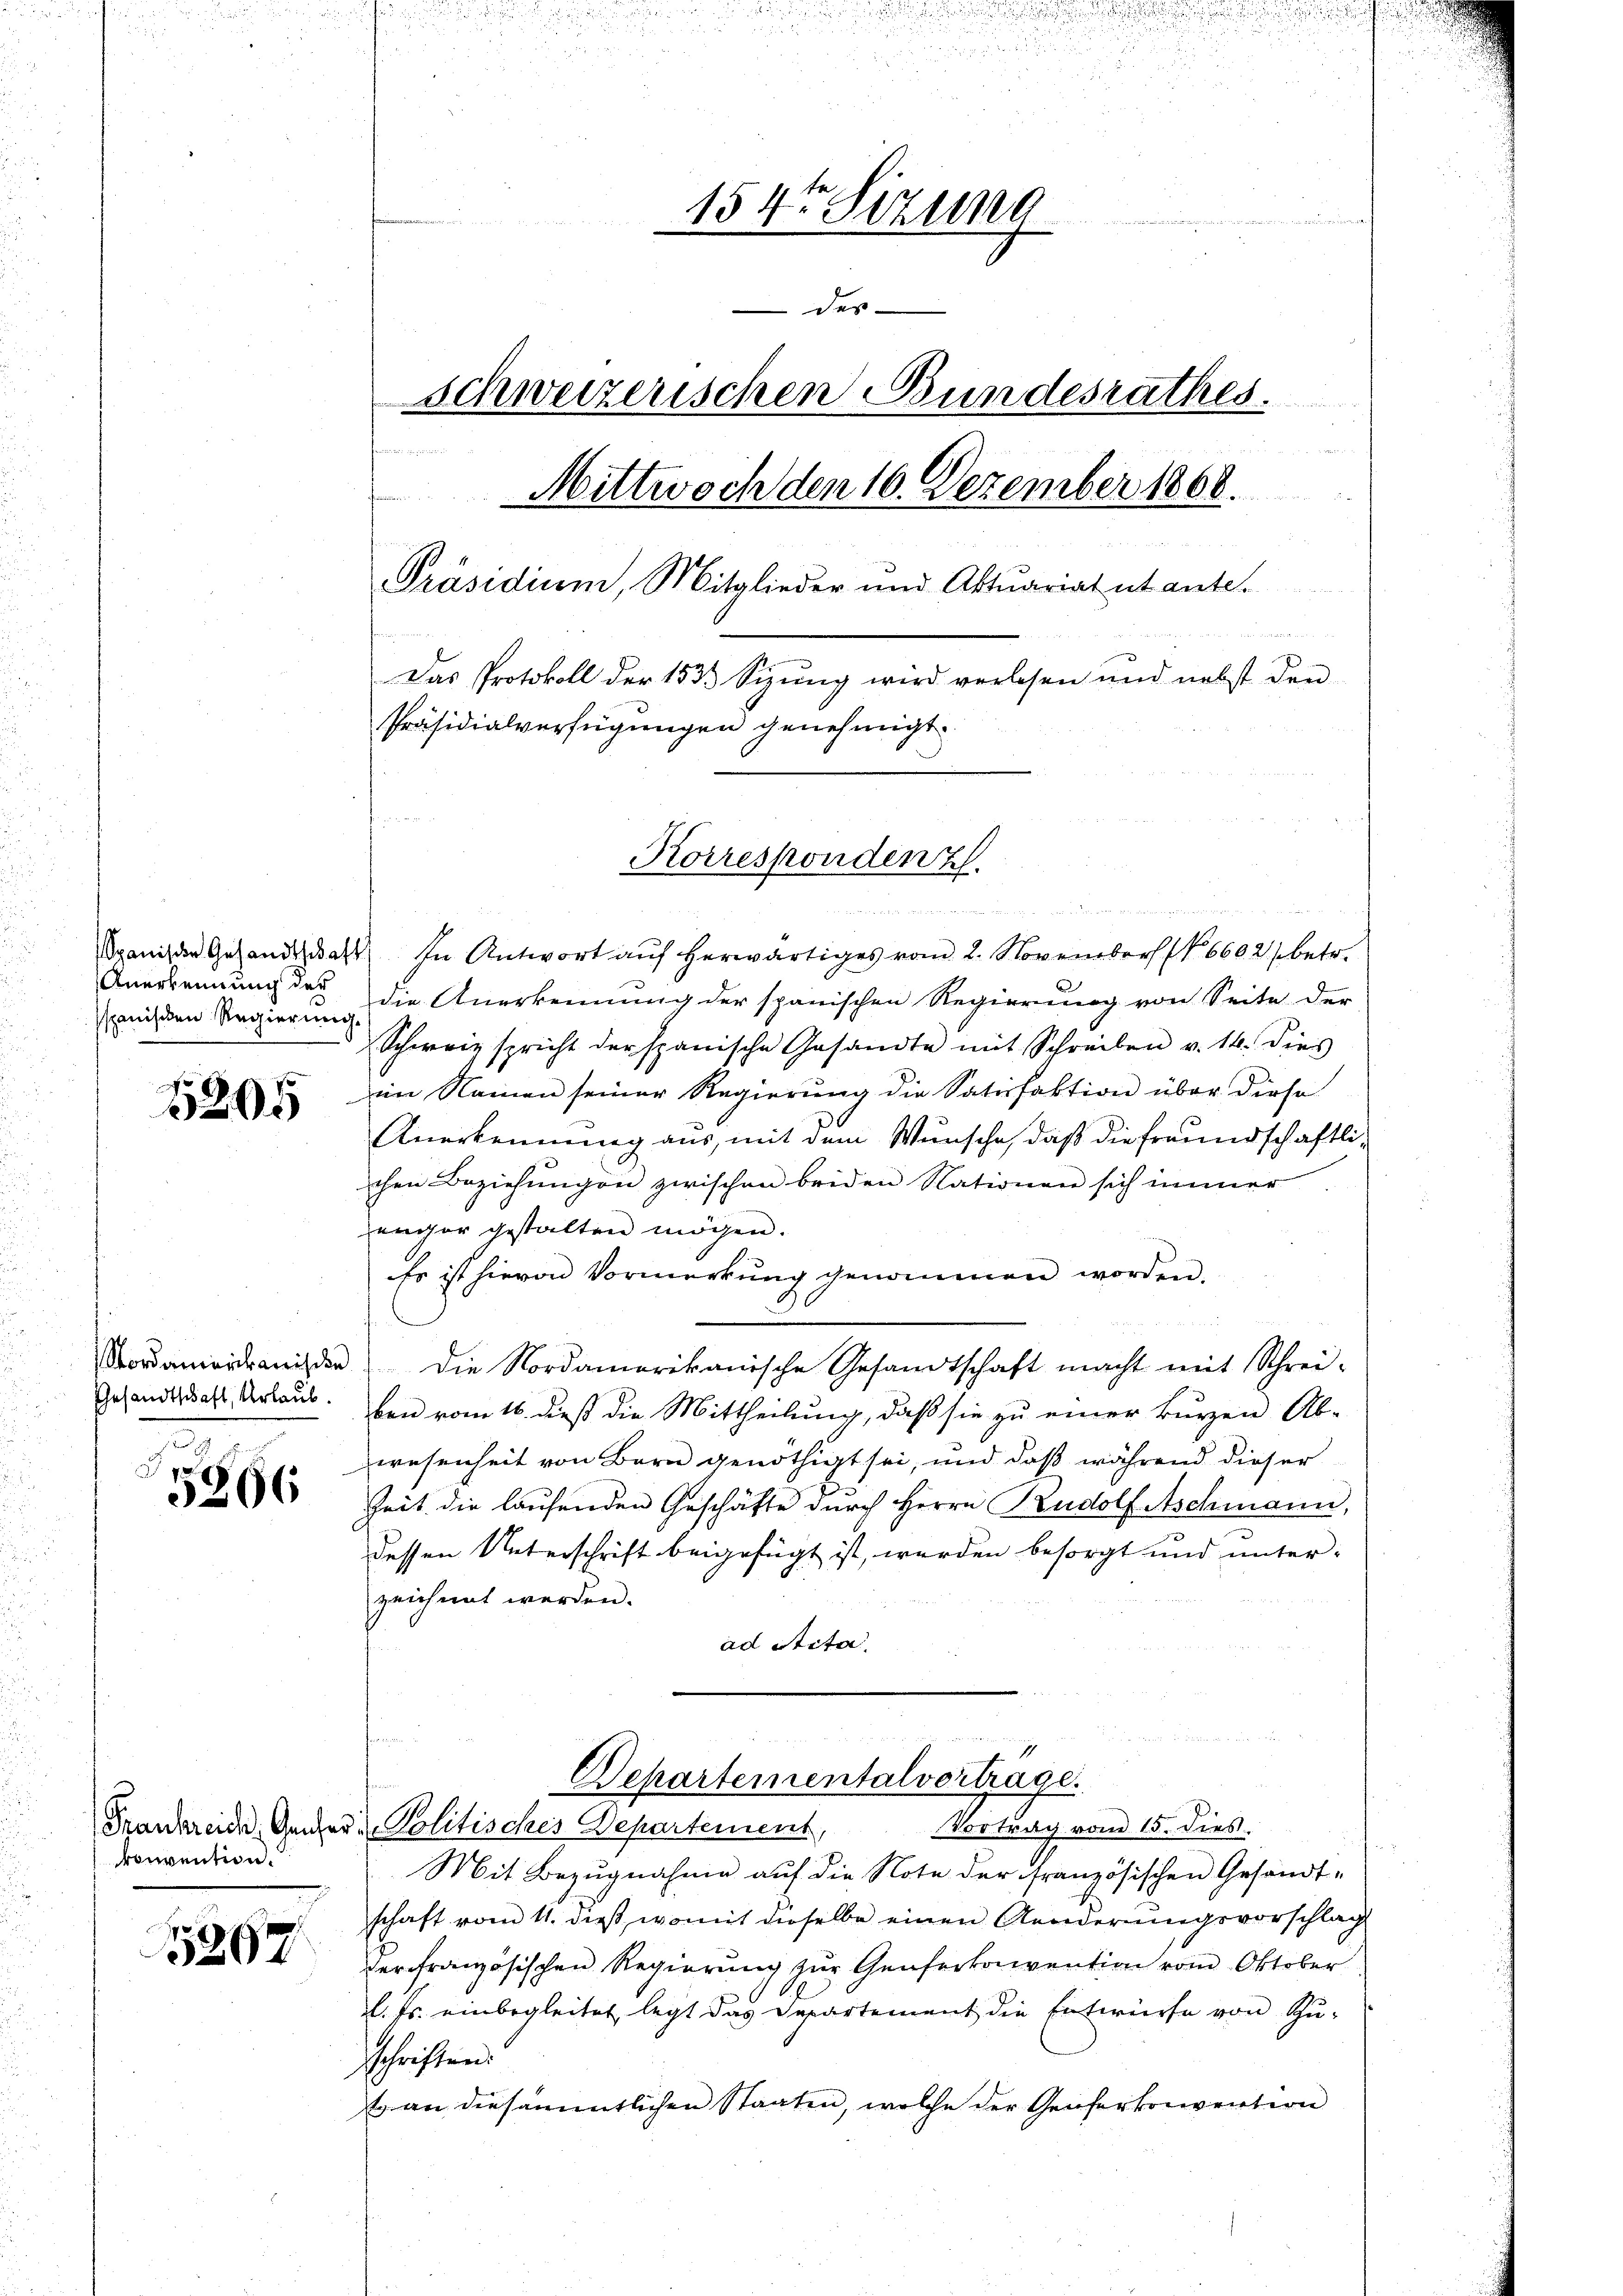
Spanische Gesandtschaf
Anerkennung der
spanischen Regierung.

1205

Nordamerikanische
Gesandtschaft, Urlaub.

5866

Frankreich, Genfer
konvention.

15297

154te Sitzung
d
 des |
Schweizerischen Bundesrathes.
semmini versonen
Mittwoch den 16. Dezember 1868.
Präsidium, Mitglieder und Aktuariat ut ante.
Das Protokoll der 1533 Sizung wird verlesen und nebst den
Präsidialverfügungen genehmigt.
Korresponden z

Herr
D. In Antwort aŭf herwärtiges vom 2. November (§ 6602 betr.
die Anerkennung der spanischen Regierung von Seite der
Schweiz spricht der spanische Gesandte mit Schreiben v. 14. dies
im Namen seiner Regierung die Satisfaktion über diese
Anerkennung aus, mit dem Wunsche, daß die freundschaftlichen Beziehungen zwischen beiden Nationen sich immer
enchor gestalten mögen.
Es ist hievon Vormerkung genommen worden.
Die Nordamerikanische Gesandtschaft macht mit Schrei-
ben vom 16. dieß die Mittheilung, daß sie zu einer kurzen Ab-
wesenheit von Bern genöthigt sei, und daß während dieser
Zeit die laufenden Geschäfte durch Herrn Rudolf Aschmann,
dessen Unterschrift beigefügt ist, werden besorgt und unter-
zeichnet werden.
ad Stita
 7 x
Departementalvertrage.
 Politisches Departement,
Vortrag von 15. dies
Mit Bezugnahme auf die Note der französischen Gesandt-
schaft vom 11. dieß, womit dieselbe einen Aenderungsvorschlag
derfranzösischen Regierung zur Genferkonvention vom Oktober
l. Js. einbegleitet, legt das Departement die Entwürfe von Zuschriften.
Er an der sämmtlichen Staaten, welche der Genferkonvention

.